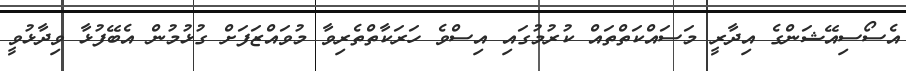
އެސޯސިއޭޝަންގެ އިދާރީ މަސައްކަތްތައް ކުރުމުގައި އިސްވެ ހަރަކާތްތެރިވާ މުވައްޒަފަށް ގުޅުމުން އެބޭފުޅާ ވިދާޅުވީ